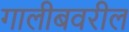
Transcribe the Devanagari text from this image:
गालीबवरील